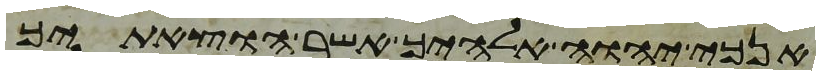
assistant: אנכי יהוה אלהיך אשר הוצאתיך